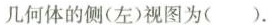
几何体的侧(左)视图为().